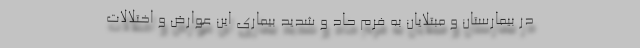
در بیمارستان و مبتلایان به فرم حاد و شدید بیماری این عوارض و اختلالات